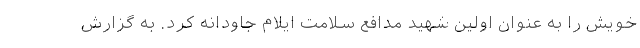
خویش را به عنوان اولین شهید مدافع سلامت ایلام جاودانه کرد. به گزارش